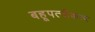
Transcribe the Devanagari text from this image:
बहूपत्नीकत्व